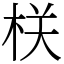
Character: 栚